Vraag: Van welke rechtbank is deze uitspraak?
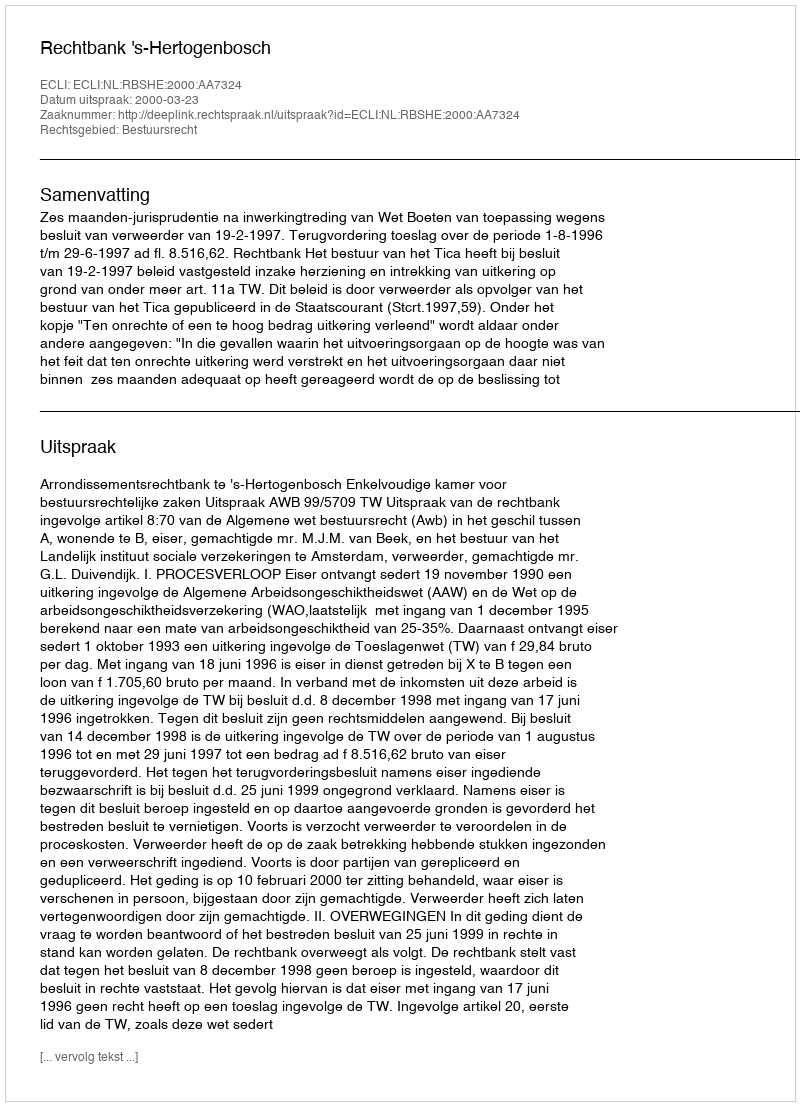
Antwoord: Rechtbank 's-Hertogenbosch